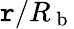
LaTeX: \mathtt{r}/R_{\mathrm{{~b~}}}